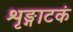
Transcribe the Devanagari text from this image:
शृङ्गाटकं